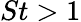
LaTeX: St>1